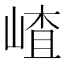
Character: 嵖